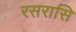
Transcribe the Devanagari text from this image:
रसरासि